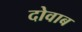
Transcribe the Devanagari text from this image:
दोवाब